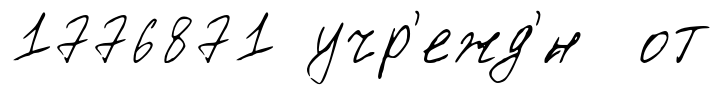
1776871 учр'ежд'́н от